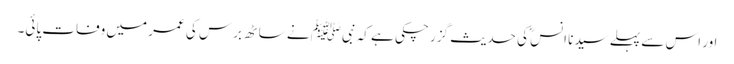
اور اس سے پہلے سیدنا انسؓ کی حدیث گزر چکی ہے کہ نبیﷺ نے ساٹھ برس کی عمر میں وفات پائی۔